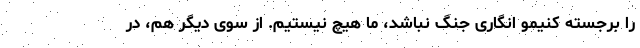
را برجسته کنیمو انگاری جنگ نباشد، ما هیچ نیستیم. از سوی دیگر هم، در